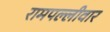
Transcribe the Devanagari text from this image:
रामपल्लीवार